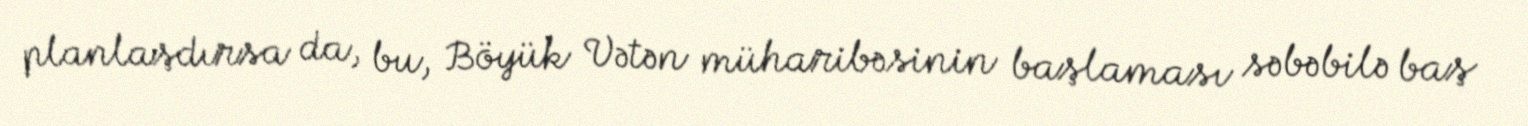
planlaşdırsa da, bu, Böyük Vətən müharibəsinin başlaması səbəbilə baş